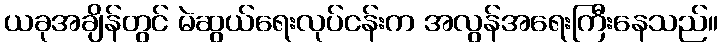
ယခုအချိန်တွင် မဲဆွယ်ရေးလုပ်ငန်းက အလွန်အရေးကြီးနေသည်။